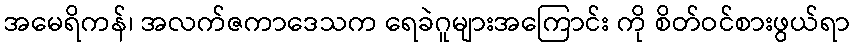
အမေရိကန်၊ အလက်ဇကာဒေသက ရေခဲဂူများအကြောင်း ကို စိတ်ဝင်စားဖွယ်ရာ